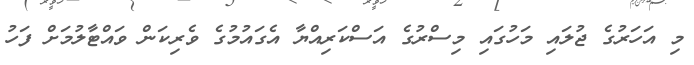
މި އަހަރުގެ ޖުލައި މަހުގައި މިސްރުގެ އަސްކަރިއްޔާ އެގައުމުގެ ވެރިކަން ވައްޓާލުމަށް ފަހު